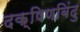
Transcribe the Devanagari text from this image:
दक्षिणबिंदु